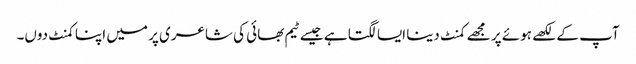
آپ کے لکھے ہوئے پر مجھے کمنٹ دینا ایسا لگتا ہے جیسے ٹیم بھائی کی شاعری پر میں اپنا کمنٹ دوں۔